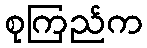
စုကြည်က